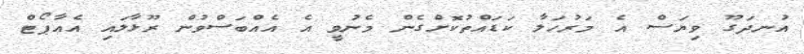
އުނދަގޫ ވިޔަސް އެ މަރުހަލާ ކަޑައްތުކޮށްގެން މެނުވީ އެ އެއްބަސްވުން ރޫޅާލައި އެއާޕޯޓް